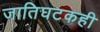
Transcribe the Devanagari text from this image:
जातिघटकही